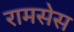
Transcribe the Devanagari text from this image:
रामसेस